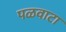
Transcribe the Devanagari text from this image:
पळवाटा